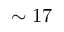
\sim 1 7